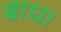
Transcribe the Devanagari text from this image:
बाध।